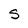
Character: s